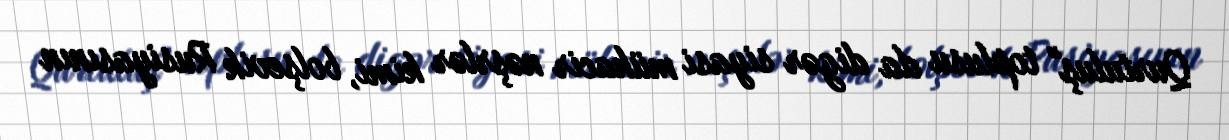
Qurtuluş" toplusu da digər siyasi mühacir nəşrlər kimi, bolşevik Rusiyasının